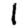
Digit: 1